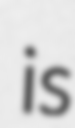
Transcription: is